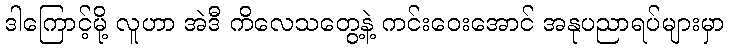
ဒါကြောင့်မို့ လူဟာ အဲဒီ ကိလေသတွေ့နဲ့ ကင်းဝေးအောင် အနုပညာရပ်များမှာ